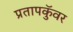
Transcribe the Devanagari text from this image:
प्रतापकुॅवर